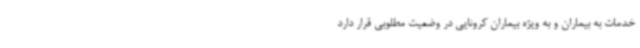
خدمات به بیماران و به ویژه بیماران کرونایی در وضعیت مطلوبی قرار دارد